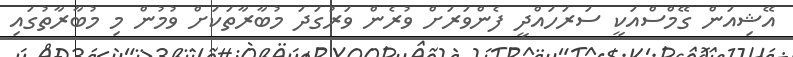
އޭޝިއަން ގޭމްސްއަކީ ސަރަހައްދީ ފެންވަރަށް ވުރެން ވަރުގަދަ މުބާރާތަކަށް ވުމުން މި މުބާރާތުގައި